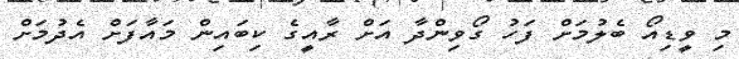
މި ވީޑިއޯ ބެލުމަށް ފަހު ގޯވިންދާ އަށް ރާއީގެ ކިބައިން މައާފަށް އެދުމަށް